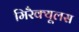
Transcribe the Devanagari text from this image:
मिरैक्यूलस